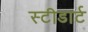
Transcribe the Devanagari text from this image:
स्टीडार्ट